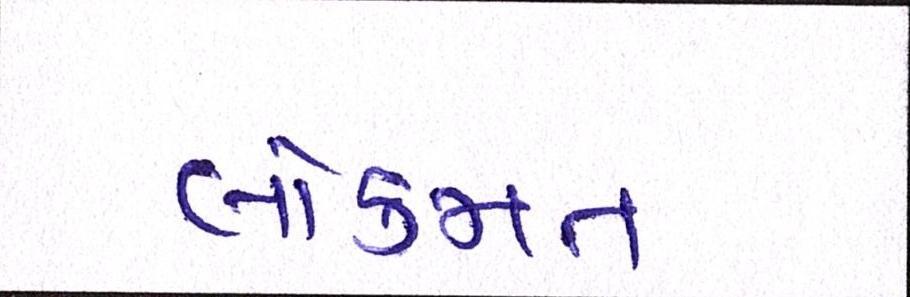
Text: લોકમત